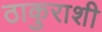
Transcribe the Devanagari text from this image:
ठाकुराशी